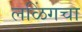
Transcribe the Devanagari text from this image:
लळिंगचा